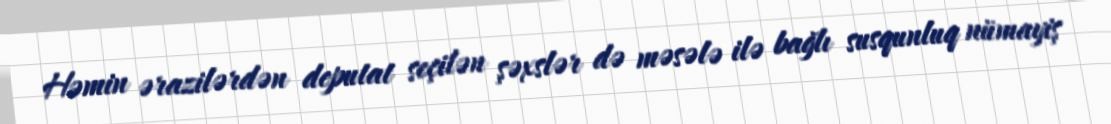
Həmin ərazilərdən deputat seçilən şəxslər də məsələ ilə bağlı susqunluq nümayiş